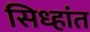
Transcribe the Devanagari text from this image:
सिध्हांत